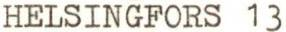
HELSINGFORS 13